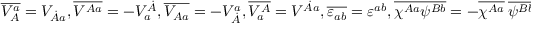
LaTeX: \overline { { { V _ { A } ^ { a } } } } = V _ { \dot { A } a } , \overline { { { V ^ { A a } } } } = - V _ { a } ^ { \dot { A } } , \overline { { { V _ { A a } } } } = - V _ { \dot { A } } ^ { a } , \overline { { { V _ { a } ^ { A } } } } = V ^ { \dot { A } a } , \overline { { { \varepsilon _ { a b } } } } = \varepsilon ^ { a b } , \overline { { { \chi ^ { A a } \psi ^ { B b } } } } = - \overline { { { \chi ^ { A a } } } } \ \overline { { { \psi ^ { B b } } } }